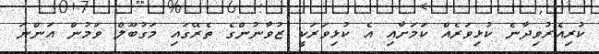
ކުރިއެރުވިދާނެ ކުޅިވަރެއް ކަމަށާއި އެ ކުޅިވަރަކީ ޒުވާނުންގެ ތެރޭގައި މަގުބޫލް ވަމުން އަންނަ